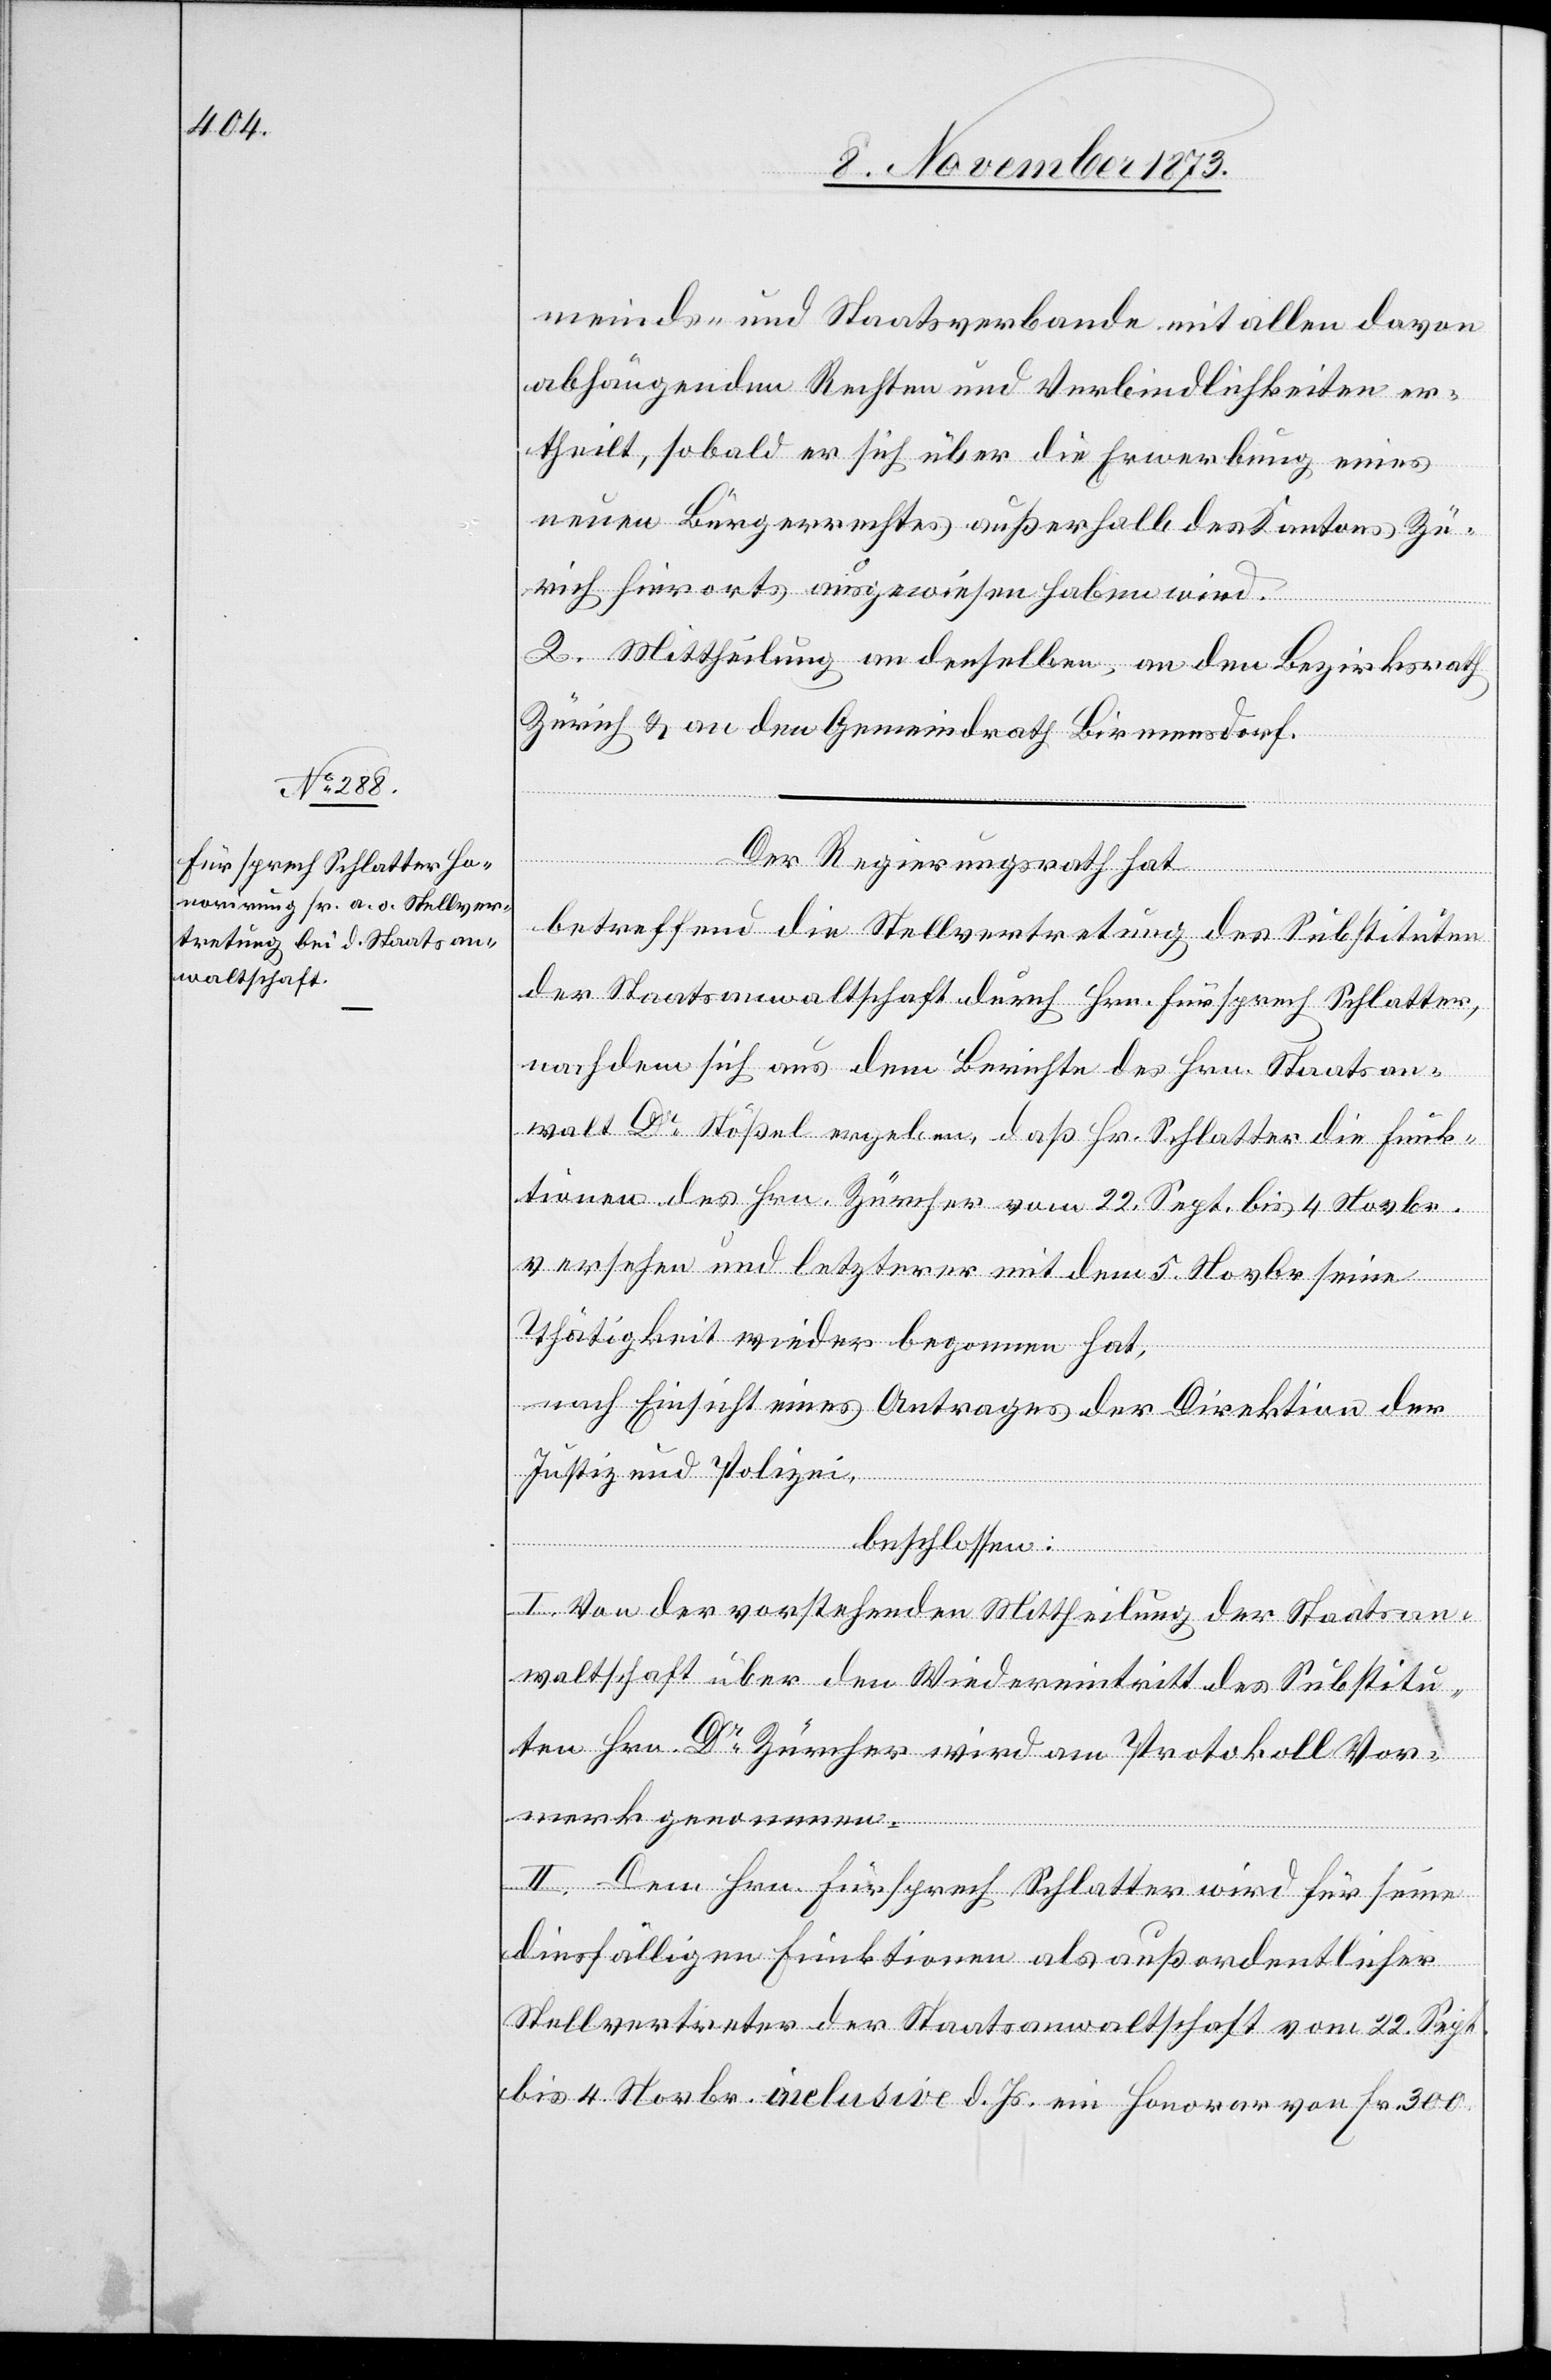
meinds- und Staatsverbande mit allen davon
abhängenden Rechten und Verbindlichkeiten er¬
theilt, sobald er sich über die Erwerbung eines
neuen Bürgerrechtes außerhalb des Kantons Zü¬
rich hierorts ausgewiesen haben wird.
2. Mittheilung an denselben, an den Bezirksrath
Zürich & an den Gemeindrath Birmensdorf.
Der Regierungsrath hat
betreffend die Stellvertretung des Substituten
der Staatsanwaltschaft durch Hrn. Fürsprech Schlatter,
nachdem sich aus dem Berichte des Hrn. Staatsan¬
walt Dr Stößel ergeben, daß Hr. Schlatter die Funk¬
tionen des Hrn. Zürcher vom 22. Sept. bis 4 Novbr.
versehen und letzterer mit dem 5. Novbr seine
Thätigkeit wieder begonnen hat,
nach Einsicht eines Antrages der Direktion der
Justiz und Polizei,
beschlossen:
I. Von der vorstehenden Mittheilung der Staatsan¬
waltschaft über den Wiedereintritt des Substitu¬
ten Hrn. Dr Zürcher wird am Protokoll Vor¬
merk genommen.
II. Dem Hrn. Fürsprech Schlatter wird für seine
diesfälligen Funktionen als auß[er]ordentlicher
Stellvertreter der Staatsanwaltschaft von 22. Sept.
bis 4. Novbr. inclusive d. Js. ein Honorar von Fr. 300